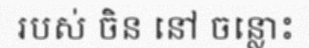
របស់ ចិន នៅ ចន្លោះ